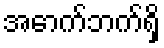
အောက်ဘက်ရှိ